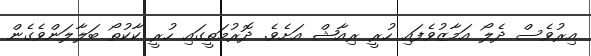
އިރުވެސް ދެލޯ އަމާޒުވެފައި ހުރީ ރިއާޝް އަށެވެ. ދޮރުމަތީގައި ހުރީ ކާކުތޯ ބަލާލަންވެގެން